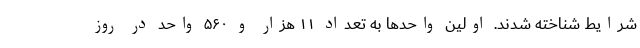
شرایط شناخته شدند. اولین واحدها به تعداد ۱۱ هزار و ۵۶۰ واحد در روز